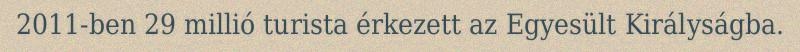
2011-ben 29 millió turista érkezett az Egyesült Királyságba.